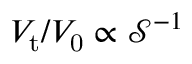
V _ { \mathrm { t } } / V _ { \mathrm { 0 } } \propto \mathcal { S } ^ { - 1 }